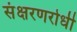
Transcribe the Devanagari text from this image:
संक्षरणरोधी